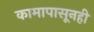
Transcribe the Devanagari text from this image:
कामापासूनही